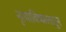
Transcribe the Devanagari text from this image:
नृत्याविष्कारातून